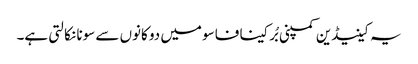
یہ کینیڈین کمپنی بُرکینا فاسو میں دو کانوں سے سونا نکالتی ہے۔